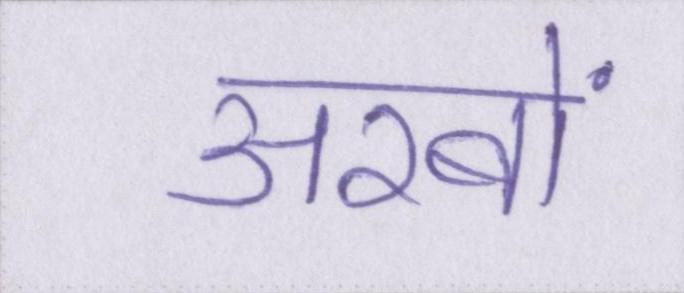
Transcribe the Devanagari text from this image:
अरबों